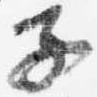
子